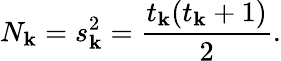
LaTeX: N_{\mathbf{k}}=s_{\mathbf{k}}^{2}={\frac{{t_{\mathbf{k}}(t_{\mathbf{k}}+1)}}{{2}}}.